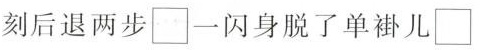
刻后退两步\Box 一闪身脱了单褂儿\Box